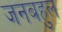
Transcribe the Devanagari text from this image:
जनबहुल